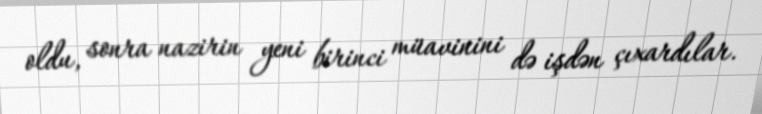
oldu, sonra nazirin yeni birinci müavinini də işdən çıxardılar.